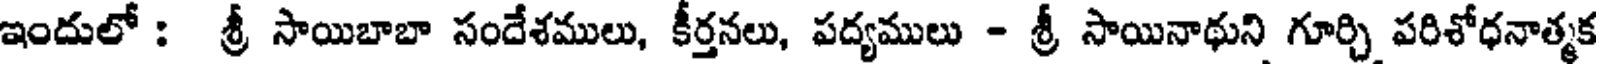
ఇందులో : శ్రీ సాయిబాబా సందేశములు, కీర్తనలు, పద్యములు - శ్రీ సాయినాథుని గూర్చి పరిశోధనాత్మక